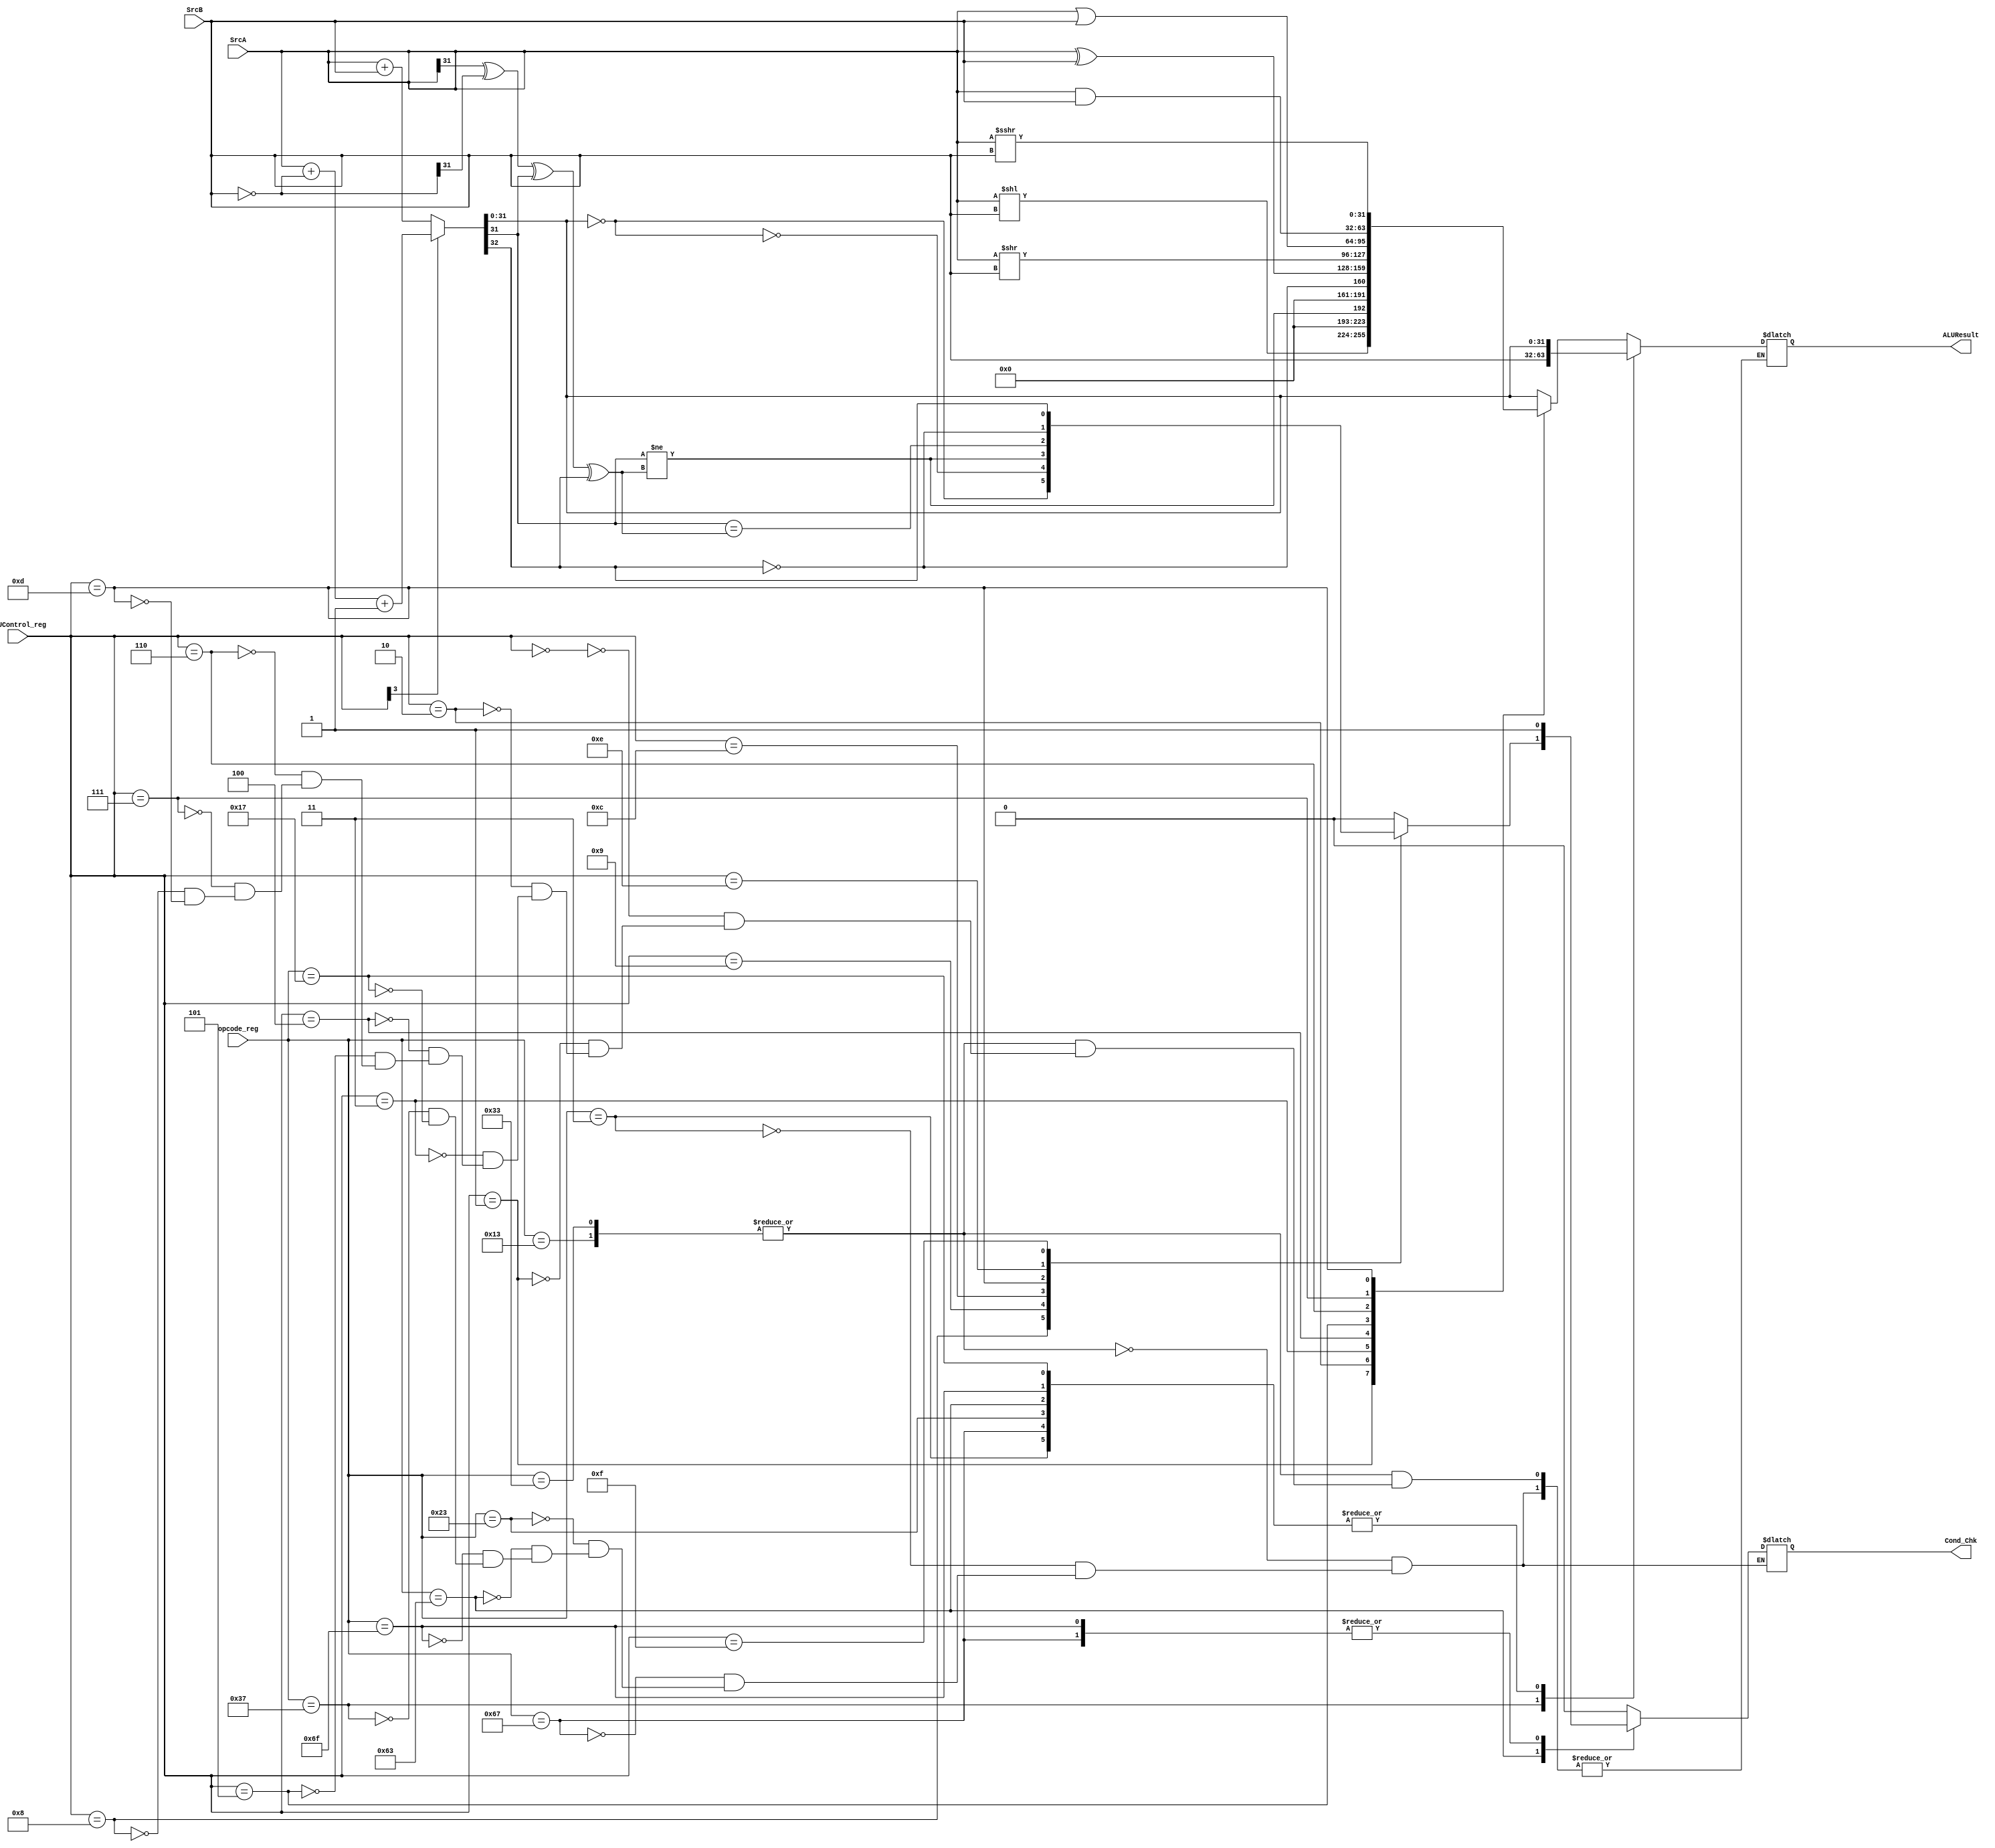
`timescale 1ns/1ps

module alu(
    input wire [6:0]opcode_reg,
    input wire [3:0]ALUControl_reg,
    input wire [31:0] SrcA, SrcB,
    output  reg [31:0] ALUResult,
    output reg Cond_Chk
);

wire cf, zf, of, sf;
wire [31:0] addTemp, compSrcB;

assign compSrcB = (~SrcB);       
assign {cf, addTemp} = ALUControl_reg[3] ? (SrcA + compSrcB + 1'b1) : (SrcA + SrcB);            
assign zf = (addTemp == 0);
assign sf = addTemp[31];
assign of = (SrcA[31] ^ (compSrcB[31]) ^ addTemp[31] ^ cf);

always @(*)
begin
    case (opcode_reg)
        //  R-type instructions
        //  I-type instructions(shift, logical, arithmetic)
        7'b0110011 , 7'b0010011: begin
            case (ALUControl_reg)
                4'b0000:  ALUResult = addTemp; //add addi
                4'b0001:  ALUResult=(SrcA << SrcB); //sll slli
                4'b0010:  ALUResult = {31'b0,(sf != of)}; //slt slti
                4'b0011:  ALUResult = {31'b0,(~cf)}; //sltu sltu
                4'b0100:  ALUResult = SrcA ^ SrcB; //xor xori
                4'b0101:  ALUResult=(SrcA >> SrcB); //srl srli
                4'b0110:  ALUResult = SrcA | SrcB; //or ori
                4'b0111:  ALUResult = SrcA & SrcB; //and andi
                4'b1000: ALUResult = addTemp; //sub
                4'b1101: ALUResult=(SrcA >>> SrcB); //sra srai
            endcase
            Cond_Chk = 1'b0;
        end
        //  I-type instructions(load)
        7'b0000011: begin
                ALUResult = addTemp; //ALUControl_reg[3]=0 i.e. addtemp = addition
                Cond_Chk = 1'b0;
        end//lb,lh,lw,lbu,lhu

        //  I-type instructions(jump)
        7'b1100111: begin
                    ALUResult = addTemp;//ALUControl_reg[3]=0 i.e. addtemp = addition
                    Cond_Chk=1'b1;
        end//jalr srcA=rs1
        
        //  S-type instructions
        7'b0100011: begin
            ALUResult = addTemp;//ALUControl_reg[3]=0 i.e. addtemp = addition
            Cond_Chk = 1'b0;
        end//sb,sh,sw
   
        //B-type instructions
        7'b1100011: begin //ALUControl_reg[3]=1 i.e. addtemp = subtraction
                    ALUResult=addTemp;                    
                    case (ALUControl_reg) 
                        4'b1000: Cond_Chk = zf;  //beq      
                        4'b1001: Cond_Chk = ~zf;      //bne  
                        4'b1100: Cond_Chk = (sf!=of);      //blt    
                        4'b1101: Cond_Chk = (sf==of);        ///bge
                        4'b1110:Cond_Chk = ~cf;         //bltu
                        4'b1111:Cond_Chk = cf;   //bgeu
                        default: Cond_Chk = 1'b0;    
                    endcase
            end//beq,bge,bgeu,blt,bltu,bne

        //  J-type instructions
        7'b1101111: begin  //ALUControl_reg[3]=0 i.e. addtemp = addition
                    ALUResult = addTemp;;
                    Cond_Chk=1'b1;
        end//jal srcA=pc

        //  U-type (load upper immediate)
        7'b0110111: begin
                ALUResult = SrcB;
                Cond_Chk = 1'b0;
        end

        //  U-type (add upper immediate)
        7'b0010111: begin  //ALUControl_reg[3]=0 i.e. addtemp = addition
                ALUResult = addTemp;
                Cond_Chk = 1'b0;
        end
        
    endcase
    //note -> need to add logic for pc=pc+4 if needed

end
endmodule